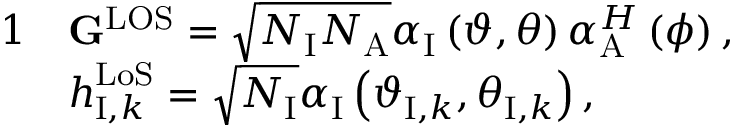
\begin{array} { r l } { { 1 } } & { { \bf { G } } ^ { \mathrm { { L O S } } } = \sqrt { { N _ { \mathrm { I } } } { N _ { \mathrm { A } } } } { \boldsymbol { \alpha } _ { \mathrm { I } } } \left( { { \vartheta } , { \theta } } \right) \boldsymbol { \alpha } _ { \mathrm { { A } } } ^ { H } \left( { { \phi } } \right) , } \\ & { \boldsymbol { h } _ { { \mathrm { I } } , k } ^ { \mathrm { { L o S } } } = \sqrt { { N _ { \mathrm { I } } } } { \boldsymbol { \alpha } _ { \mathrm { { I } } } } \left( { { \vartheta _ { { \mathrm { I } } , k } } , { \theta _ { \mathrm { { I } } , k } } } \right) , } \end{array}